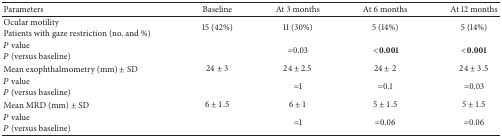
<table><thead><tr><td><b>Parameters</b></td><td><b>Baseline</b></td><td><b>At 3 months</b></td><td><b>At 6 months</b></td><td><b>At 12 months</b></td></tr></thead><tbody><tr><td>Ocular motilityPatients with gaze restriction (no. and %)</td><td>15 (42%)</td><td>11 (30%)</td><td>5 (14%)</td><td>5 (14%)</td></tr><tr><td><i>P</i> value <i>P</i> (versus baseline)</td><td> </td><td>=0.03</td><td><b> &lt;0.001</b></td><td><b>&lt;0.001</b></td></tr><tr><td>Mean exophthalmometry (mm) ± SD</td><td>24 ± 3</td><td>24 ± 2.5</td><td>24 ± 2</td><td>24 ± 3.5</td></tr><tr><td><i>P</i> value <i>P</i> (versus baseline)</td><td> </td><td>=1</td><td>=0.1</td><td>=0.03</td></tr><tr><td>Mean MRD (mm) ± SD</td><td>6 ± 1.5</td><td>6 ± 1</td><td>5 ± 1.5</td><td>5 ± 1.5</td></tr><tr><td><i>P</i> value <i>P</i> (versus baseline)</td><td> </td><td>=1</td><td> =0.06</td><td> =0.06</td></tr></tbody></table>